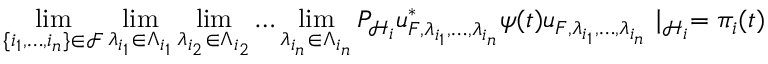
\operatorname* { l i m } _ { \{ i _ { 1 } , \ldots , i _ { n } \} \in { \mathcal { F } } } \operatorname* { l i m } _ { \lambda _ { i _ { 1 } } \in \Lambda _ { i _ { 1 } } } \operatorname* { l i m } _ { \lambda _ { i _ { 2 } } \in \Lambda _ { i _ { 2 } } } \ldots \operatorname* { l i m } _ { \lambda _ { i _ { n } } \in \Lambda _ { i _ { n } } } P _ { { \mathcal { H } } _ { i } } u _ { F , \lambda _ { i _ { 1 } } , \ldots , \lambda _ { i _ { n } } } ^ { * } \psi ( t ) u _ { F , \lambda _ { i _ { 1 } } , \ldots , \lambda _ { i _ { n } } } \mid _ { { \mathcal { H } } _ { i } } = \pi _ { i } ( t )